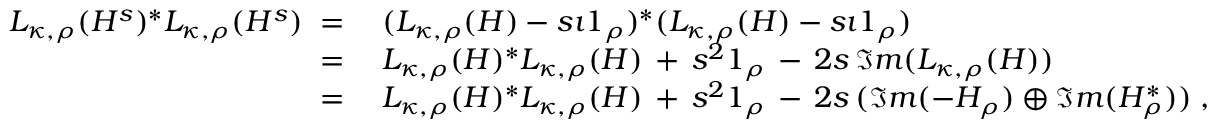
\begin{array} { r l } { L _ { \kappa , \rho } ( H ^ { s } ) ^ { * } L _ { \kappa , \rho } ( H ^ { s } ) \; = \; } & { ( L _ { \kappa , \rho } ( H ) - s \imath \boldsymbol { 1 } _ { \rho } ) ^ { * } ( L _ { \kappa , \rho } ( H ) - s \imath \boldsymbol { 1 } _ { \rho } ) } \\ { \; = \; } & { L _ { \kappa , \rho } ( H ) ^ { * } L _ { \kappa , \rho } ( H ) \, + \, s ^ { 2 } \boldsymbol { 1 } _ { \rho } \, - \, 2 s \, \Im m ( L _ { \kappa , \rho } ( H ) ) } \\ { \; = \; } & { L _ { \kappa , \rho } ( H ) ^ { * } L _ { \kappa , \rho } ( H ) \, + \, s ^ { 2 } \boldsymbol { 1 } _ { \rho } \, - \, 2 s \, ( \Im m ( - H _ { \rho } ) \oplus \Im m ( H _ { \rho } ^ { * } ) ) \; , } \end{array}